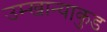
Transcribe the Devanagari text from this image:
उम्खान्याकुड